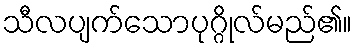
သီလပျက်သောပုဂ္ဂိုလ်မည်၏။